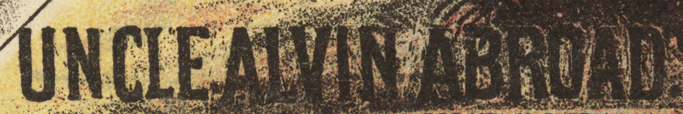
UNCLE ALVIN ABROAD